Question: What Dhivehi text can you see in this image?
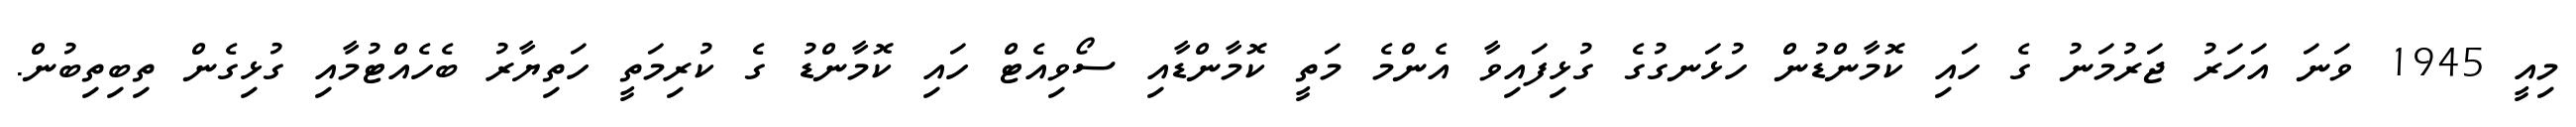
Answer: މިއީ 1945 ވަނަ އަހަރު ޖަރުމަނު ގެ ހައި ކޮމާންޑުން ހުޅަނގުގެ ގުޅިފައިވާ އެންމެ މަތީ ކޮމާންޑާއި ސޯވިއެޓް ހައި ކޮމާންޑު ގެ ކުރިމަތީ ހަތިޔާރު ބެހެއްޓުމާއި ގުޅިގެން ތިބިތިބުން.